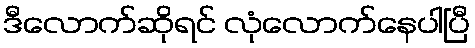
ဒီလောက်ဆိုရင် လုံလောက်နေပါပြီ